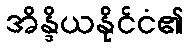
အိန္ဒိယနိုင်ငံ၏